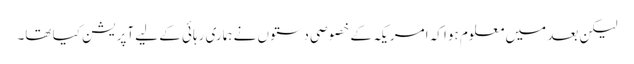
لیکن بعد میں معلوم ہوا کہ امریکہ کے خصوصی دستوں نے ہماری رہائی کے لیے آپریشن کیا تھا۔